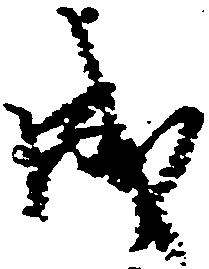
成